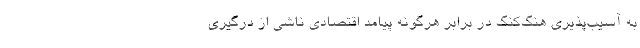
به آسیب‌پذیری هنگ‌کنگ در برابر هرگونه پیامد اقتصادی ناشی از درگیری